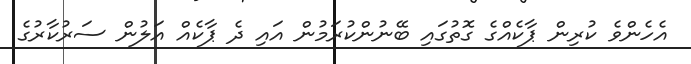
އެހެންވެ ކުރިން ޕާކެއްގެ ގޮތުގައި ބޭނުންކުރަމުން އައި ދެ ޕާކެއް އަލުން ސަރުކާރުގެ